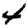
Digit: 4